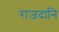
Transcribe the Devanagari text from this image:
राजदानि